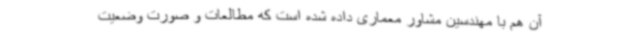
آن هم با مهندسین مشاور معماری داده شده است که مطالعات و صورت وضعیت